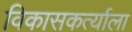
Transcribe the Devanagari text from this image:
विकासकर्त्याला